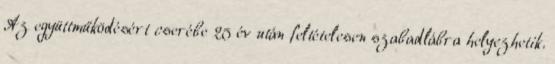
Az együttműködésért cserébe 25 év után feltételesen szabadlábra helyezhetik.